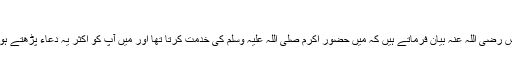
مسلم )
٭ حضرت انس رضی اللہ عنہ بیان فرماتے ہیں کہ میں حضور اکرم صلی اللہ علیہ وسلم کی خدمت کرتا تھا اور میں آپ کو اکثر یہ دعاء پڑھتے ہوئے سنتا تھا ۔